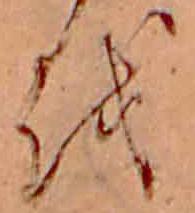
を